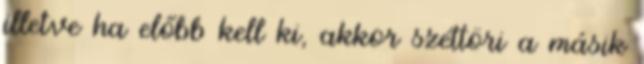
illetve ha előbb kell ki, akkor széttöri a másik